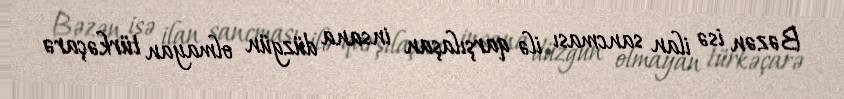
Bəzən isə ilan sancması ilə qarşılaşan insana düzgün olmayan türkəçarə